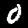
Digit: 0